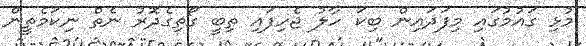
މުޅި ގައުމުގައި މިފަދައިން ބިކަ ހާލު ޖެހިފައި ތިބީ ގޯތިގެދޮރު ނެތް ނިކަމެތީން